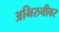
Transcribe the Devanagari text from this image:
अभिरुचीवर